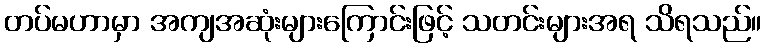
တပ်မဟာမှာ အကျအဆုံးများကြောင်းဖြင့် သတင်းများအရ သိရသည်။